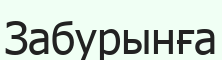
Забурынға